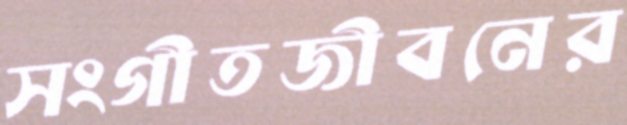
সংগীতজীবনের